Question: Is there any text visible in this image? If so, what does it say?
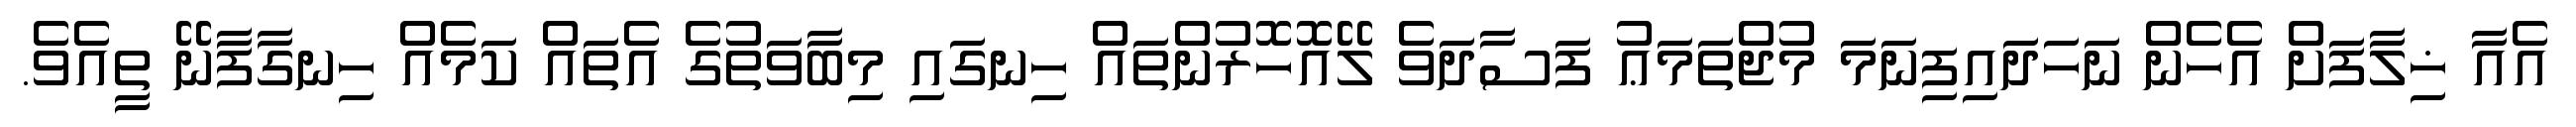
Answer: އެއާ ޚިލާފަށް އެހެން ނަހަދައިފިނަމަ މުޖްތަމަޢު ފަސާދަވެ ލޭއޮހޮރުންތައް ހިނގައި މިބާވަތުގެ އެތައް ކަމެއް ހިނގާފާނޭ ތީއެވެ.